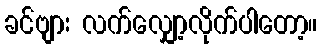
ခင်ဗျား လက်လျှော့လိုက်ပါတော့။